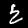
Label: 2